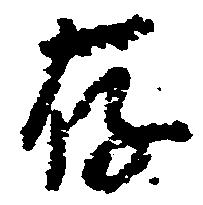
存